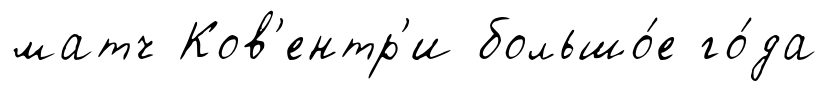
матч Ков'ентр'и большо́е го́да